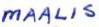
MAALIS